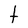
Character: t